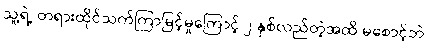
သူ့ရဲ့ တရားထိုင်သက်ကြာမြင့်မှုကြောင့် ၂ နှစ်လည်တဲ့အထိ မစောင့်ဘဲ